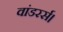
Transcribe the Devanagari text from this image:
वांडरर्स।